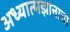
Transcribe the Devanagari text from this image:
अध्यात्मज्ञानाचा